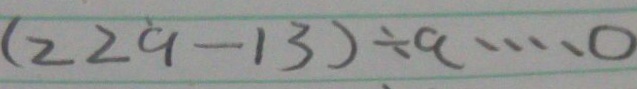
( 2 2 9 - 1 3 ) \div a \cdots 0